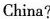
China?